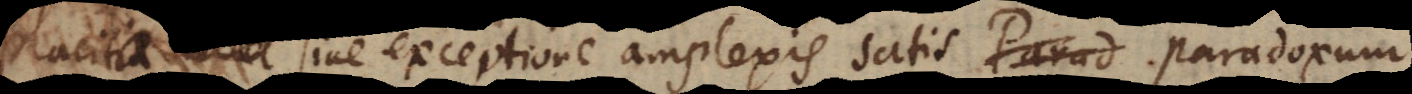
placita sine exceptione amplexis satis paradoxum